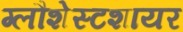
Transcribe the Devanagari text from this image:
ग्लौशेस्टशायर